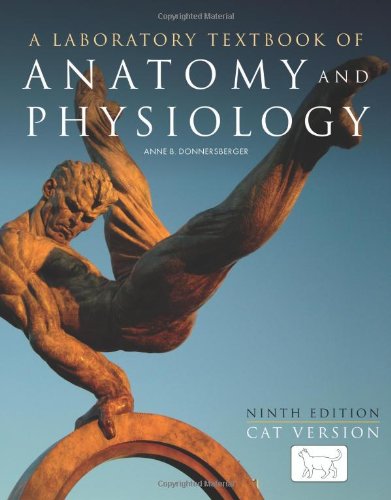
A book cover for A Laboratory Textbook of Anatomy and Physiology: Cat Version; Anne B. Donnersberger; Medical Books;